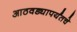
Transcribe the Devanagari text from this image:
आठवड्यापर्यंतचे